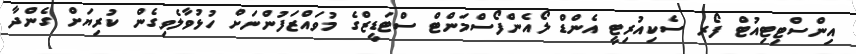
އިންސްޓިޓިއުޓް ފޯރ ސެކިއުރިޓީ އެންޑް ލޯއެންފޯސްމަންޓް ސްޓަޑީޒްގެ މުވައްޒަފުންނަށް ހުޅުވާލެވިގެން ކުރިޔަށް ގެންދާ